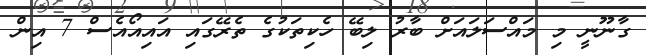
ގާނޫނީ މި މައްސަލައަށް ބާރު ލިބޭ ހެކިތަކުގެ ތެރޭގައި އައިއޯއެސް 7 އިން